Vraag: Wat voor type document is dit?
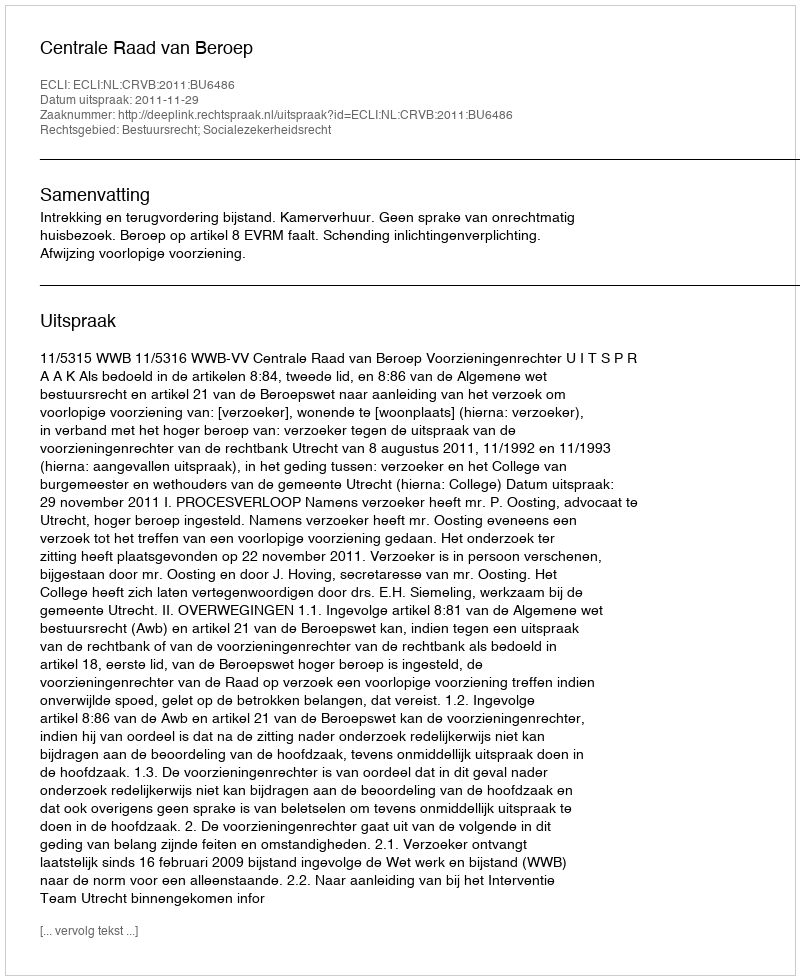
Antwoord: Uitspraak